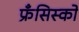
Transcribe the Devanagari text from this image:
फ्रँसिस्को